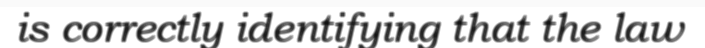
is correctly identifying that the law